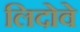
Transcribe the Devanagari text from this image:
लिदोवे